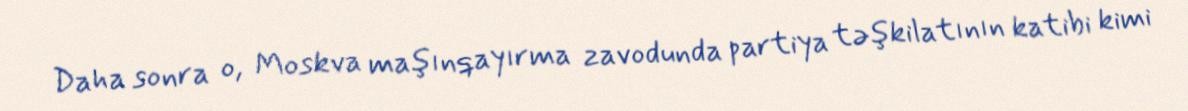
Daha sonra o, Moskva maşınqayırma zavodunda partiya təşkilatının katibi kimi